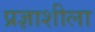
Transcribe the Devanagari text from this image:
प्रज्ञाशीला